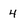
Character: 4